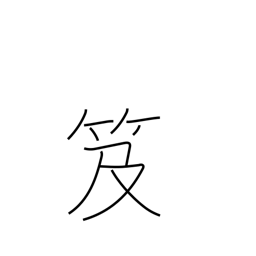
Meaning: backpack bookcase